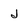
Character: J